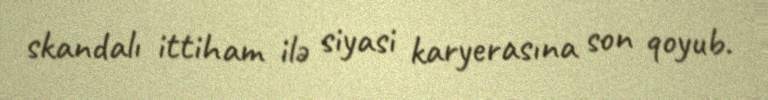
skandalı ittiham ilə siyasi karyerasına son qoyub.